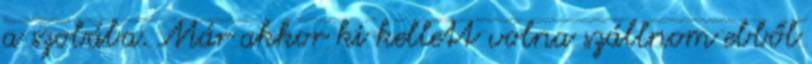
a szobába. Már akkor ki kellett volna szállnom ebből